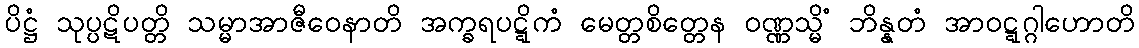
ပိဋ္ဌံ သုပ္ပဋိပတ္တိ သမ္မာအာဇီဝေနာတိ အက္ခရပဋ္ဋိကံ မေတ္တစိတ္တေန ဝဏ္ဏသ္မိံ ဘိန္နတံ အာဝဋ္ဋဂ္ဂါဟောတိ